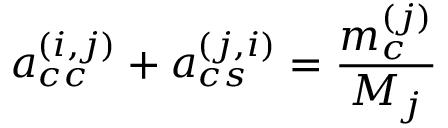
a _ { c c } ^ { ( i , j ) } + a _ { c s } ^ { ( j , i ) } = \frac { m _ { c } ^ { ( j ) } } { M _ { j } }